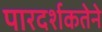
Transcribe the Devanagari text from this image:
पारदर्शकतेने